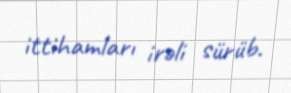
ittihamları irəli sürüb.